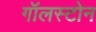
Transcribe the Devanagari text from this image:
गॉलस्टोन